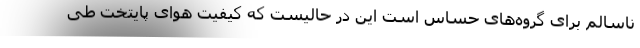
ناسالم برای گروه‌های حساس است این در حالیست که کیفیت هوای پایتخت طی